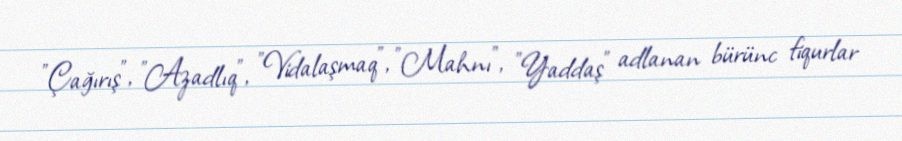
"Çağırış", "Azadlıq", "Vidalaşmaq", "Mahnı", "Yaddaş" adlanan bürünc fiqurlar